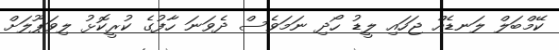
ކޭމްބަލް ލަނޑެއް ޖަހައި ލީޑު ހޯދި ނަމަވެސް ދެވަނަ ހާފުގެ ކުރީކޮޅު ލިވަޕޫލަށް